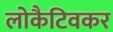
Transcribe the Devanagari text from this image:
लोकैटिवकर